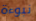
نبوءة